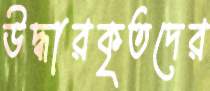
উদ্ধারকৃতদের